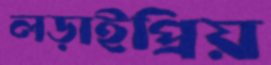
লড়াইপ্রিয়